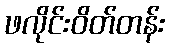
ဖလိုင်းဝိတ်တန်း